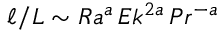
\ell / L \sim R a ^ { a } \, E k ^ { 2 a } \, P r ^ { - a }